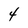
Character: 4